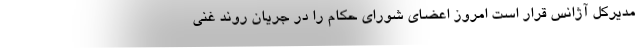
مدیرکل آژانس قرار است امروز اعضای شورای حکام را در جریان روند غنی